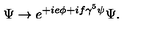
\Psi \rightarrow e ^ { + i e \phi + i f \gamma ^ { 5 } \psi } \Psi .